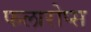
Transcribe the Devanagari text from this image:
फलारोप्स